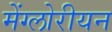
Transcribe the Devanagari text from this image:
मेंग्लोरीयन